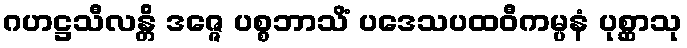
ဂဟဋ္ဌသီလန္တိ ဒဇ္ဇေ ပစ္စဘာသိံ ပဒေသပထဝီကမ္ပနံ ပုစ္ဆာသု